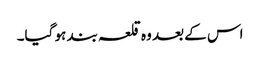
اس کے بعد وہ قلعہ بند ہو گیا۔